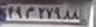
۴۹م۲۷۹۸۸